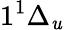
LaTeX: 1^{1}\Delta_{\mathit{u}}